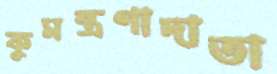
কুমন্ত্রণাদাতা